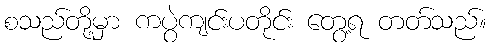
စသည်တို့မှာ ကပွဲကျင်းပတိုင်း တွေ့ရ တတ်သည်။